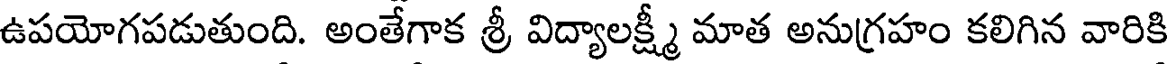
ఉపయోగపడుతుంది. అంతేగాక శ్రీ విద్యాలక్ష్మీ మాత అనుగ్రహం కలిగిన వారికి